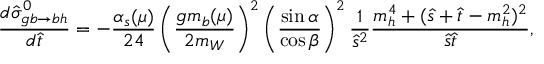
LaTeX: \frac { d \hat { \sigma } _ { g b \to b h } ^ { 0 } } { d \hat { t } } = - \frac { \alpha _ { s } ( \mu ) } { 2 4 } \left( \frac { g m _ { b } ( \mu ) } { 2 m _ { W } } \right) ^ { 2 } \left( \frac { \sin { \alpha } } { \cos { \beta } } \right) ^ { 2 } \frac { 1 } { \hat { s } ^ { 2 } } \frac { m _ { h } ^ { 4 } + ( \hat { s } + \hat { t } - m _ { h } ^ { 2 } ) ^ { 2 } } { \hat { s } \hat { t } } ,